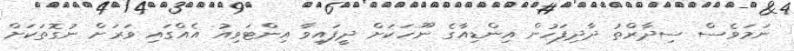
ނަމަވެސް ސިދާރްތު ދާދިފަހުން އިންޑިއާގެ ނޫހަކަށް ދީފައިވާ އިންޓަވިއު އެއްގައި ވަރަށް ނުގޮތަކަށް